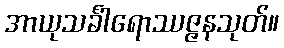
အာယုသင်္ခါရောဿဇ္ဇနသုတ်။